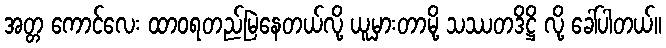
အတ္တ ကောင်လေး ထာဝရတည်မြဲနေတယ်လို့ ယူမှားတာမို့ သဿတဒိဋ္ဌိ လို့ ခေါ်ပါတယ်။